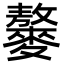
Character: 䵅